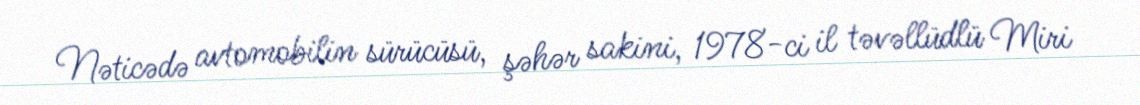
Nəticədə avtomobilin sürücüsü, şəhər sakini, 1978-ci il təvəllüdlü Miri